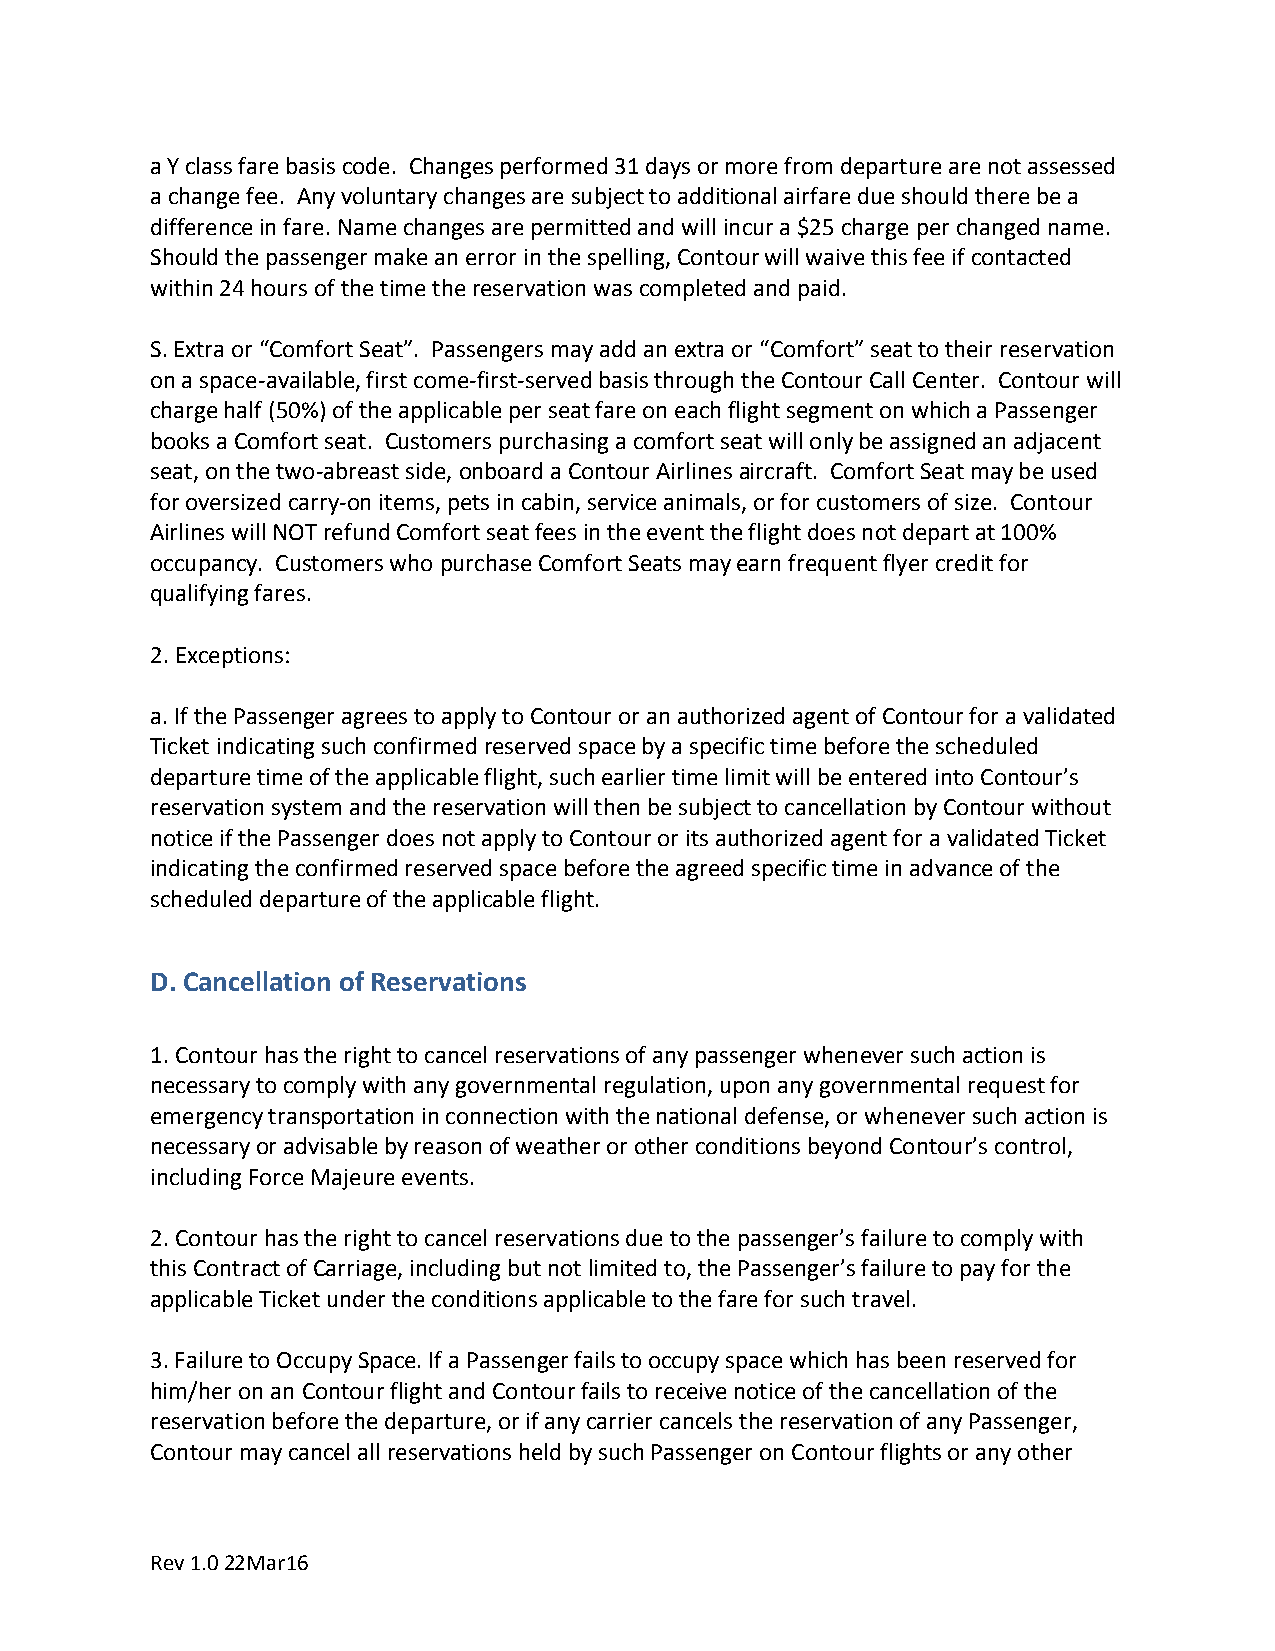
a Y class fare basis code. Changes performed 31 days or more from departure are not assessed
 a change fee. Any voluntary changes are subject to additional airfare due should there be a
 difference in fare. Name changes are permitted and will incur a $25 charge per changed name.
 Should the passenger make an error in the spelling, Contour will waive this fee if contacted
 within 24 hours of the time the reservation was completed and paid.
 S. Extra or “Comfort Seat”. Passengers may add an extra or “Comfort” seat to their reservation
 on a space-available, first come-first-served basis through the Contour Call Center. Contour will
 charge half (50%) of the applicable per seat fare on each flight segment on which a Passenger
 books a Comfort seat. Customers purchasing a comfort seat will only be assigned an adjacent
 seat, on the two-abreast side, onboard a Contour Airlines aircraft. Comfort Seat may be used
 for oversized carry-on items, pets in cabin, service animals, or for customers of size. Contour
 Airlines will NOT refund Comfort seat fees in the event the flight does not depart at 100%
 occupancy. Customers who purchase Comfort Seats may earn frequent flyer credit for
 qualifying fares.
 2. Exceptions:
 a. If the Passenger agrees to apply to Contour or an authorized agent of Contour for a validated
 Ticket indicating such confirmed reserved space by a specific time before the scheduled
 departure time of the applicable flight, such earlier time limit will be entered into Contour’s
 reservation system and the reservation will then be subject to cancellation by Contour without
 notice if the Passenger does not apply to Contour or its authorized agent for a validated Ticket
 indicating the confirmed reserved space before the agreed specific time in advance of the
 scheduled departure of the applicable flight.
 D. Cancellation of Reservations
 1. Contour has the right to cancel reservations of any passenger whenever such action is
 necessary to comply with any governmental regulation, upon any governmental request for
 emergency transportation in connection with the national defense, or whenever such action is
 necessary or advisable by reason of weather or other conditions beyond Contour’s control,
 including Force Majeure events.
 2. Contour has the right to cancel reservations due to the passenger’s failure to comply with
 this Contract of Carriage, including but not limited to, the Passenger’s failure to pay for the
 applicable Ticket under the conditions applicable to the fare for such travel.
 3. Failure to Occupy Space. If a Passenger fails to occupy space which has been reserved for
 him/her on an Contour flight and Contour fails to receive notice of the cancellation of the
 reservation before the departure, or if any carrier cancels the reservation of any Passenger,
 Contour may cancel all reservations held by such Passenger on Contour flights or any other
 Rev 1.0 22Mar16